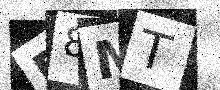
Text: E8MT